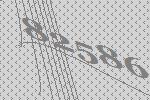
82586